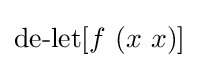
\operatorname {de-let} [f\ (x\ x)]